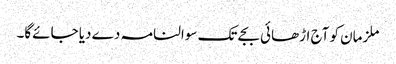
ملزمان کو آج اڑھائی بجے تک سوالنامہ دے دیا جائےگا۔